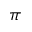
\pi